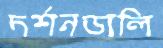
দর্শনডালি